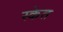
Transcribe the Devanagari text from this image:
स्केत